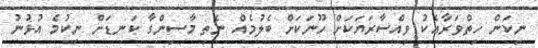
ނިކަން ހިތްވަރާއެކު ވިއްސާރަޔަކަށް ހޫނަކަށް ބެލުމެއް ނެތި މާސިންގާ ކަނޑަށް ނިކުމެ އުޅުނު